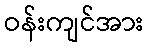
ဝန်းကျင်အား